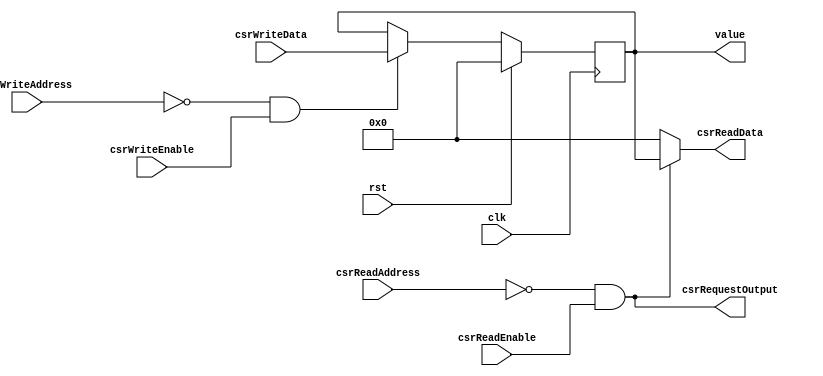
`default_nettype none

module CSR_ConfigurationRegister #(
		parameter ADDRESS = 12'h000,
		parameter DEFAULT = 32'b0
	)(
		input wire clk,
		input wire rst,

		// CSR interface
		input wire csrWriteEnable,
		input wire csrReadEnable,
		input wire[11:0] csrWriteAddress,
		input wire[11:0] csrReadAddress,
		input wire[31:0] csrWriteData,
		output wire[31:0] csrReadData,
		output wire csrRequestOutput,

		// System interface
		output wire[31:0] value
	);
	
	wire csrWriteEnabled = csrWriteAddress == ADDRESS;
	wire csrReadEnabled = csrReadAddress == ADDRESS;

	reg[31:0] currentValue = DEFAULT;

	always @(posedge clk) begin
		if (rst) begin
			currentValue <= DEFAULT;
		end else begin
			if (csrWriteEnabled && csrWriteEnable) currentValue <= csrWriteData;
		end
	end

	assign csrReadData = csrReadEnabled && csrReadEnable ? currentValue : 32'b0;
	assign csrRequestOutput = csrReadEnabled && csrReadEnable;

	assign value = currentValue;
	
endmodule